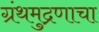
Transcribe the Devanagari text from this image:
ग्रंथमुद्रणाचा